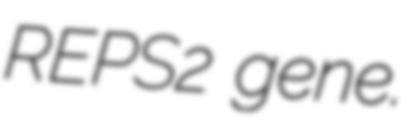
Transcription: REPS2 gene.